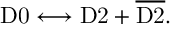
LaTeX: \mathrm { D 0 } \longleftrightarrow \mathrm { D 2 } + { \overline { { \mathrm { D 2 } } } } .